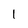
Character: 1